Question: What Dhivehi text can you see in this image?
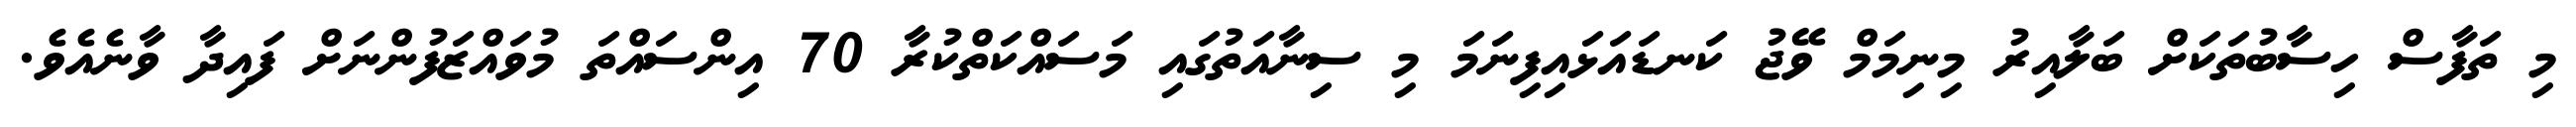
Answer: މި ތަފާސް ހިސާބުތަކަށް ބަލާއިރު މިނިމަމް ވޭޖު ކަނޑައަޅައިފިނަމަ މި ސިނާއަތުގައި މަސައްކަތްކުރާ 70 އިންސައްތަ މުވައްޒަފުންނަށް ފައިދާ ވާނެއެވެ.